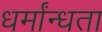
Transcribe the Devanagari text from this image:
धर्मांन्धता